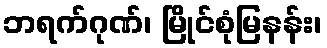
ဘရက်ဂုဏ်၊ မြိုင်စုံမြနန်း၊